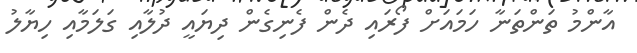
އާންމު ތަންތަނާ ހަމައަށް ފޯރައި ދެން ފެނިގެން ދިޔައީ ދުލާއި ގަލަމާއި ހިޔާލު